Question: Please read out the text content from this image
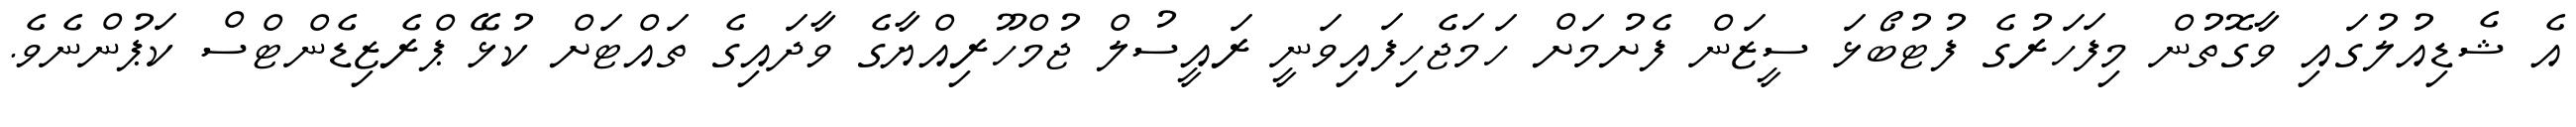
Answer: އެ ޝެޑިއުލުގައި ވާގޮތުން މިފަހަރުގެ ފުޓުބޯޅަ ސީޒަން ފެށުމަށް ހަމަޖެހިފައިވަނީ ރައީސުލް ޖުމްހޫރިއްޔާގެ ވާދައިގެ ތައްޓަށް ކުޅޭ ޕްރެޒިޑެންޓްސް ކަޕުންނެވެ.